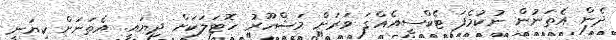
ދެން އެތަނުން ނުކުމެފަ ޓެކްސީއެއްގަ ވަރަށް މަޝްހޫރު ހޮޓަލަކަށް ދިޔައީ. އެތަނަށް ކިޔަނީ